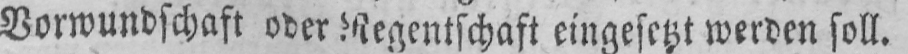
Vormundschaft oder Regentschaft eingesetzt werden soll.